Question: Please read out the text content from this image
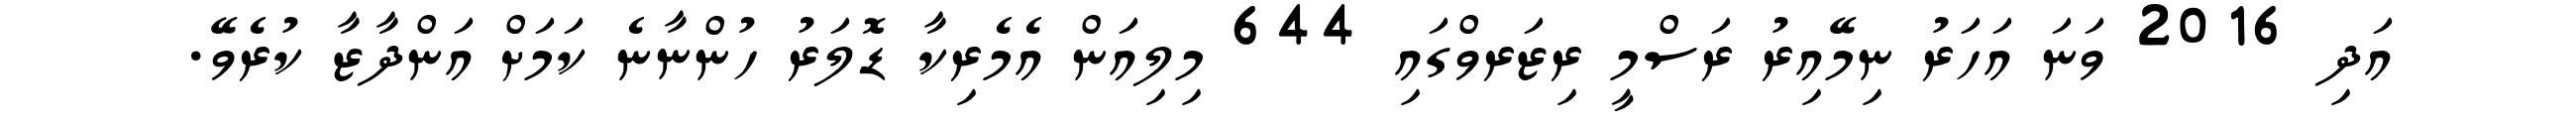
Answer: އަދި 2016 ވަނަ އަހަރު ނިމޭއިރު ރަސްމީ ރިޒަރވްގައި 644 މިލިއަން އެމެރިކާ ޑޮލަރު ހުންނާނެ ކަމަށް އަންދާޒާ ކުރެވޭ.